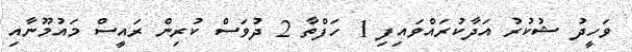
ވަހީދު ޝުކުރު އަދާކުރައްވައިފި 1 ހަފްތާ 2 ދުވަސް ކުރިން ރައީސް މައުމޫނާއި